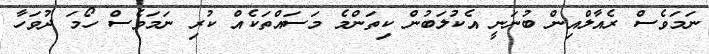
ނަމަވެސް ރެއާލްއިން ބުނަނީ އެކުލަބުން ކިތަންމެ މަސައްތަކެއް ކުރި ނަމަވެސް ހޯމަ ދުވަހާ